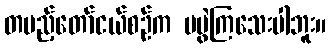
တပည့်တော်ငယ်စဉ်က မမွဲကြသေးပါဘူး။